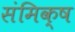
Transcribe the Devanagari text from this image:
संमिक्ष